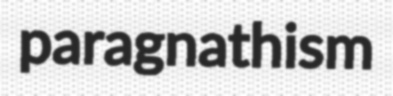
paragnathism